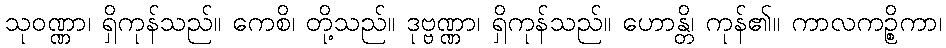
သုဝဏ္ဏာ၊ ရှိကုန်သည်။ ကေစိ၊ တို့သည်။ ဒုဗ္ဗဏ္ဏာ၊ ရှိကုန်သည်။ ဟောန္တိ၊ ကုန်၏။ ကာလကဉ္စိကာ၊